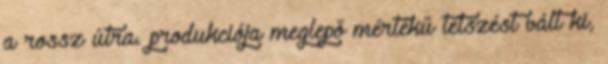
a rossz útra. produkciója meglepő mértékű tetszést vált ki,